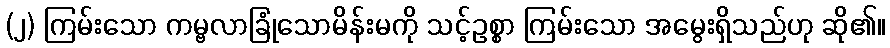
(၂) ကြမ်းသော ကမ္ဗလာခြုံသောမိန်းမကို သင့်ဥစ္စာ ကြမ်းသော အမွေးရှိသည်ဟု ဆို၏။